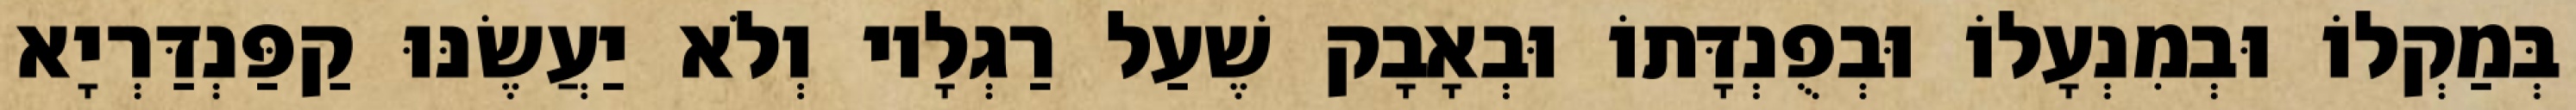
בְּמַקְלוֹ וּבְמִנְעָלוֹ וּבְפֻנְדָּתוֹ וּבְאָבָק שֶׁעַל רַגְלָיו וְלֹא יַעֲשֶׂנּוּ קַפַּנְדַּרְיָא